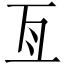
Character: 亙